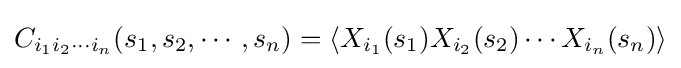
C_{i_{1}i_{2}\cdots i_{n}}(s_{1},s_{2},\cdots ,s_{n})=\langle X_{i_{1}}(s_{1})X_{i_{2}}(s_{2})\cdots X_{i_{n}}(s_{n})\rangle